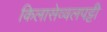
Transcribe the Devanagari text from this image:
किलासेव्वलपट्टी